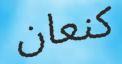
كنعان